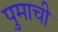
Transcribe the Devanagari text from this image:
पुमाची